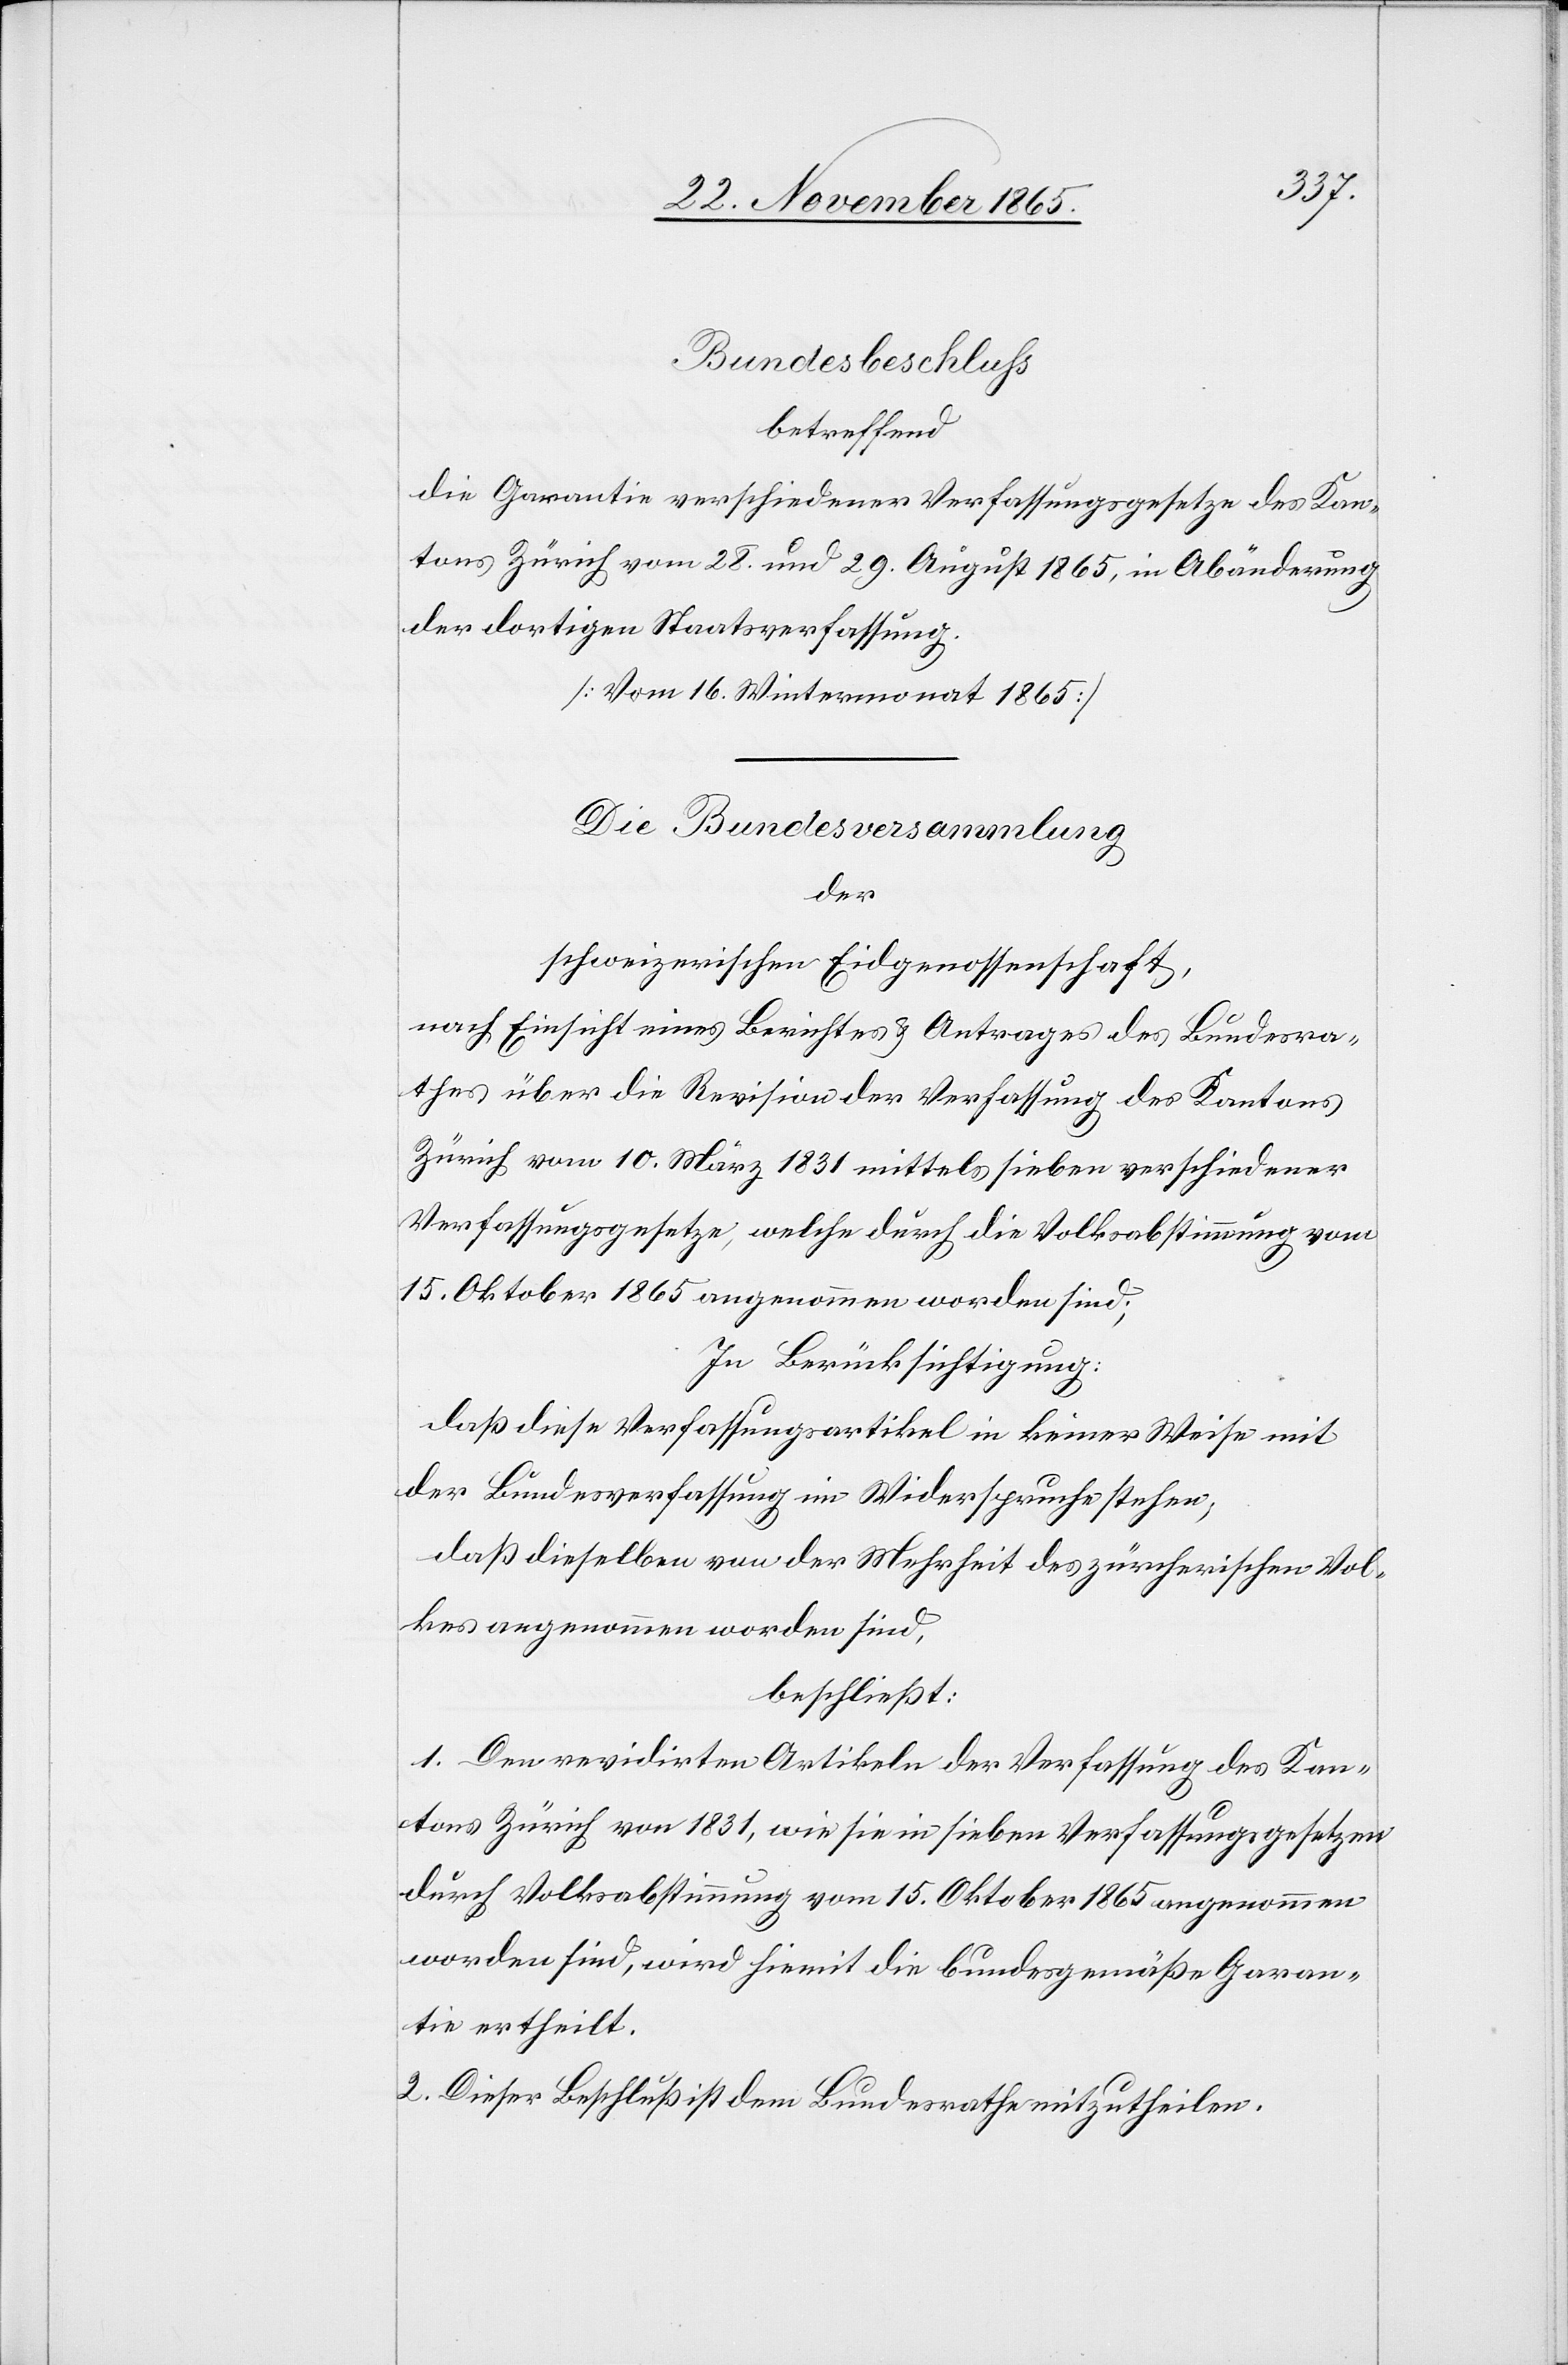
Bundesbeschluß
betreffend
die Garantie verschiedener Verfassungsgesetze des Kan¬
tons Zürich vom 28. und 29. August 1865, in Abänderung
der dortigen Staatsverfassung.
[Vom 16. Wintermonat 1865]
Die Bundesversammlung
der
schweizerischen Eidgenossenschaft,
nach Einsicht eines Berichtes & Antrages des Bundesra¬
thes über die Revision der Verfassung des Kantons
Zürich vom 10. März 1831 mittels sieben verschiedener
Verfassungsgesetze, welche durch die Volksabstimmung vom
15. Oktober 1865 angenommen worden sind;
In Berücksichtigung:
daß diese Verfassungsartikel in keinerlei Weise mit
der Bundesverfassung in Konflikt stehen,
daß dieselben von der Mehrheit des zürcherischen Vol¬
kes angenommen worden sind,
beschließt:
1. Den revidirten Artikeln der Verfassung des Kan¬
tons Zürich von 1831, wie sie in sieben Verfassungsgesetzen
durch Volksabstimmung vom 15. Oktober 1865 angenommen
worden sind, wird hiemit die bundesgemäße Garan¬
tie ertheilt.
2. Dieser Beschluß ist dem Bundesrathe mitzutheilen.